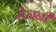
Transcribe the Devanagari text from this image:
तेजनी